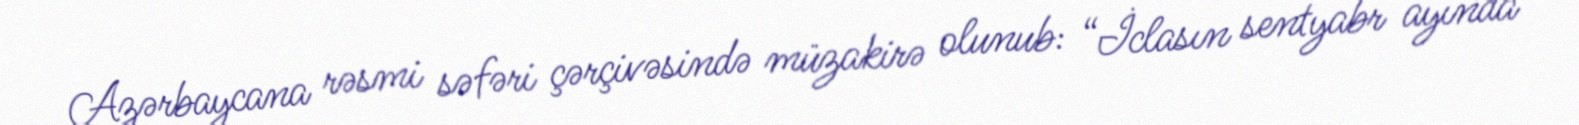
Azərbaycana rəsmi səfəri çərçivəsində müzakirə olunub: “İclasın sentyabr ayında